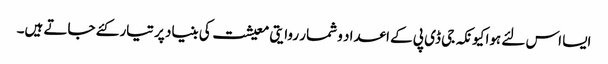
ایسا اس لئے ہوا کیونکہ جی ڈی پی کے اعداد و شمار روایتی معیشت کی بنیاد پر تیار کئے جاتے ہیں۔